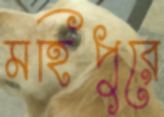
মহিপুরে